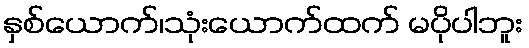
နှစ်ယောက်၊သုံးယောက်ထက် မပိုပါဘူး